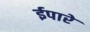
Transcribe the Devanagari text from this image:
ईपारे